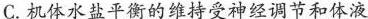
C.机体水盐平衡的维持受神经调节和体液